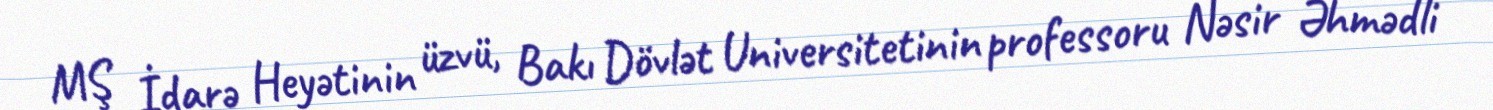
MŞ İdarə Heyətinin üzvü, Bakı Dövlət Universitetinin professoru Nəsir Əhmədli